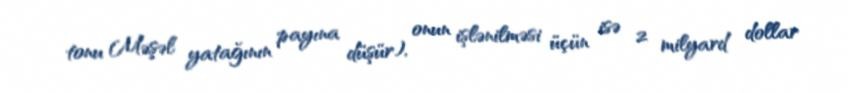
tonu Məşəl yatağının payına düşür), onun işlənilməsi üçün isə 2 milyard dollar